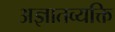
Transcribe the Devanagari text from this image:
अज्ञातव्यक्ति